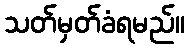
သတ်မှတ်ခံရမည်။